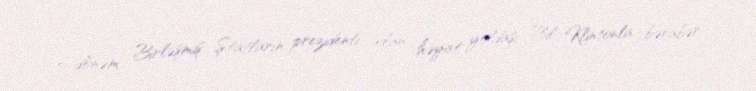
2 dönəm Birləşmiş Ştatların prezidenti olan həyat yoldaşı Bil Klintonla bərabər